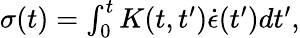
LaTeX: \begin{array}{r}{\sigma(t)=\int_{0}^{t}K(t,t^{\prime})\dot{{\epsilon}}(t^{\prime})dt^{\prime},}\end{array}